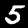
Label: 5